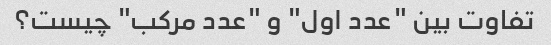
تفاوت بین "عدد اول" و "عدد مرکب" چیست؟